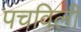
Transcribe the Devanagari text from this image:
पचविली